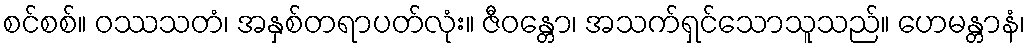
စင်စစ်။ ဝဿသတံ၊ အနှစ်တရာပတ်လုံး။ ဇီဝန္တော၊ အသက်ရှင်သောသူသည်။ ဟေမန္တာနံ၊